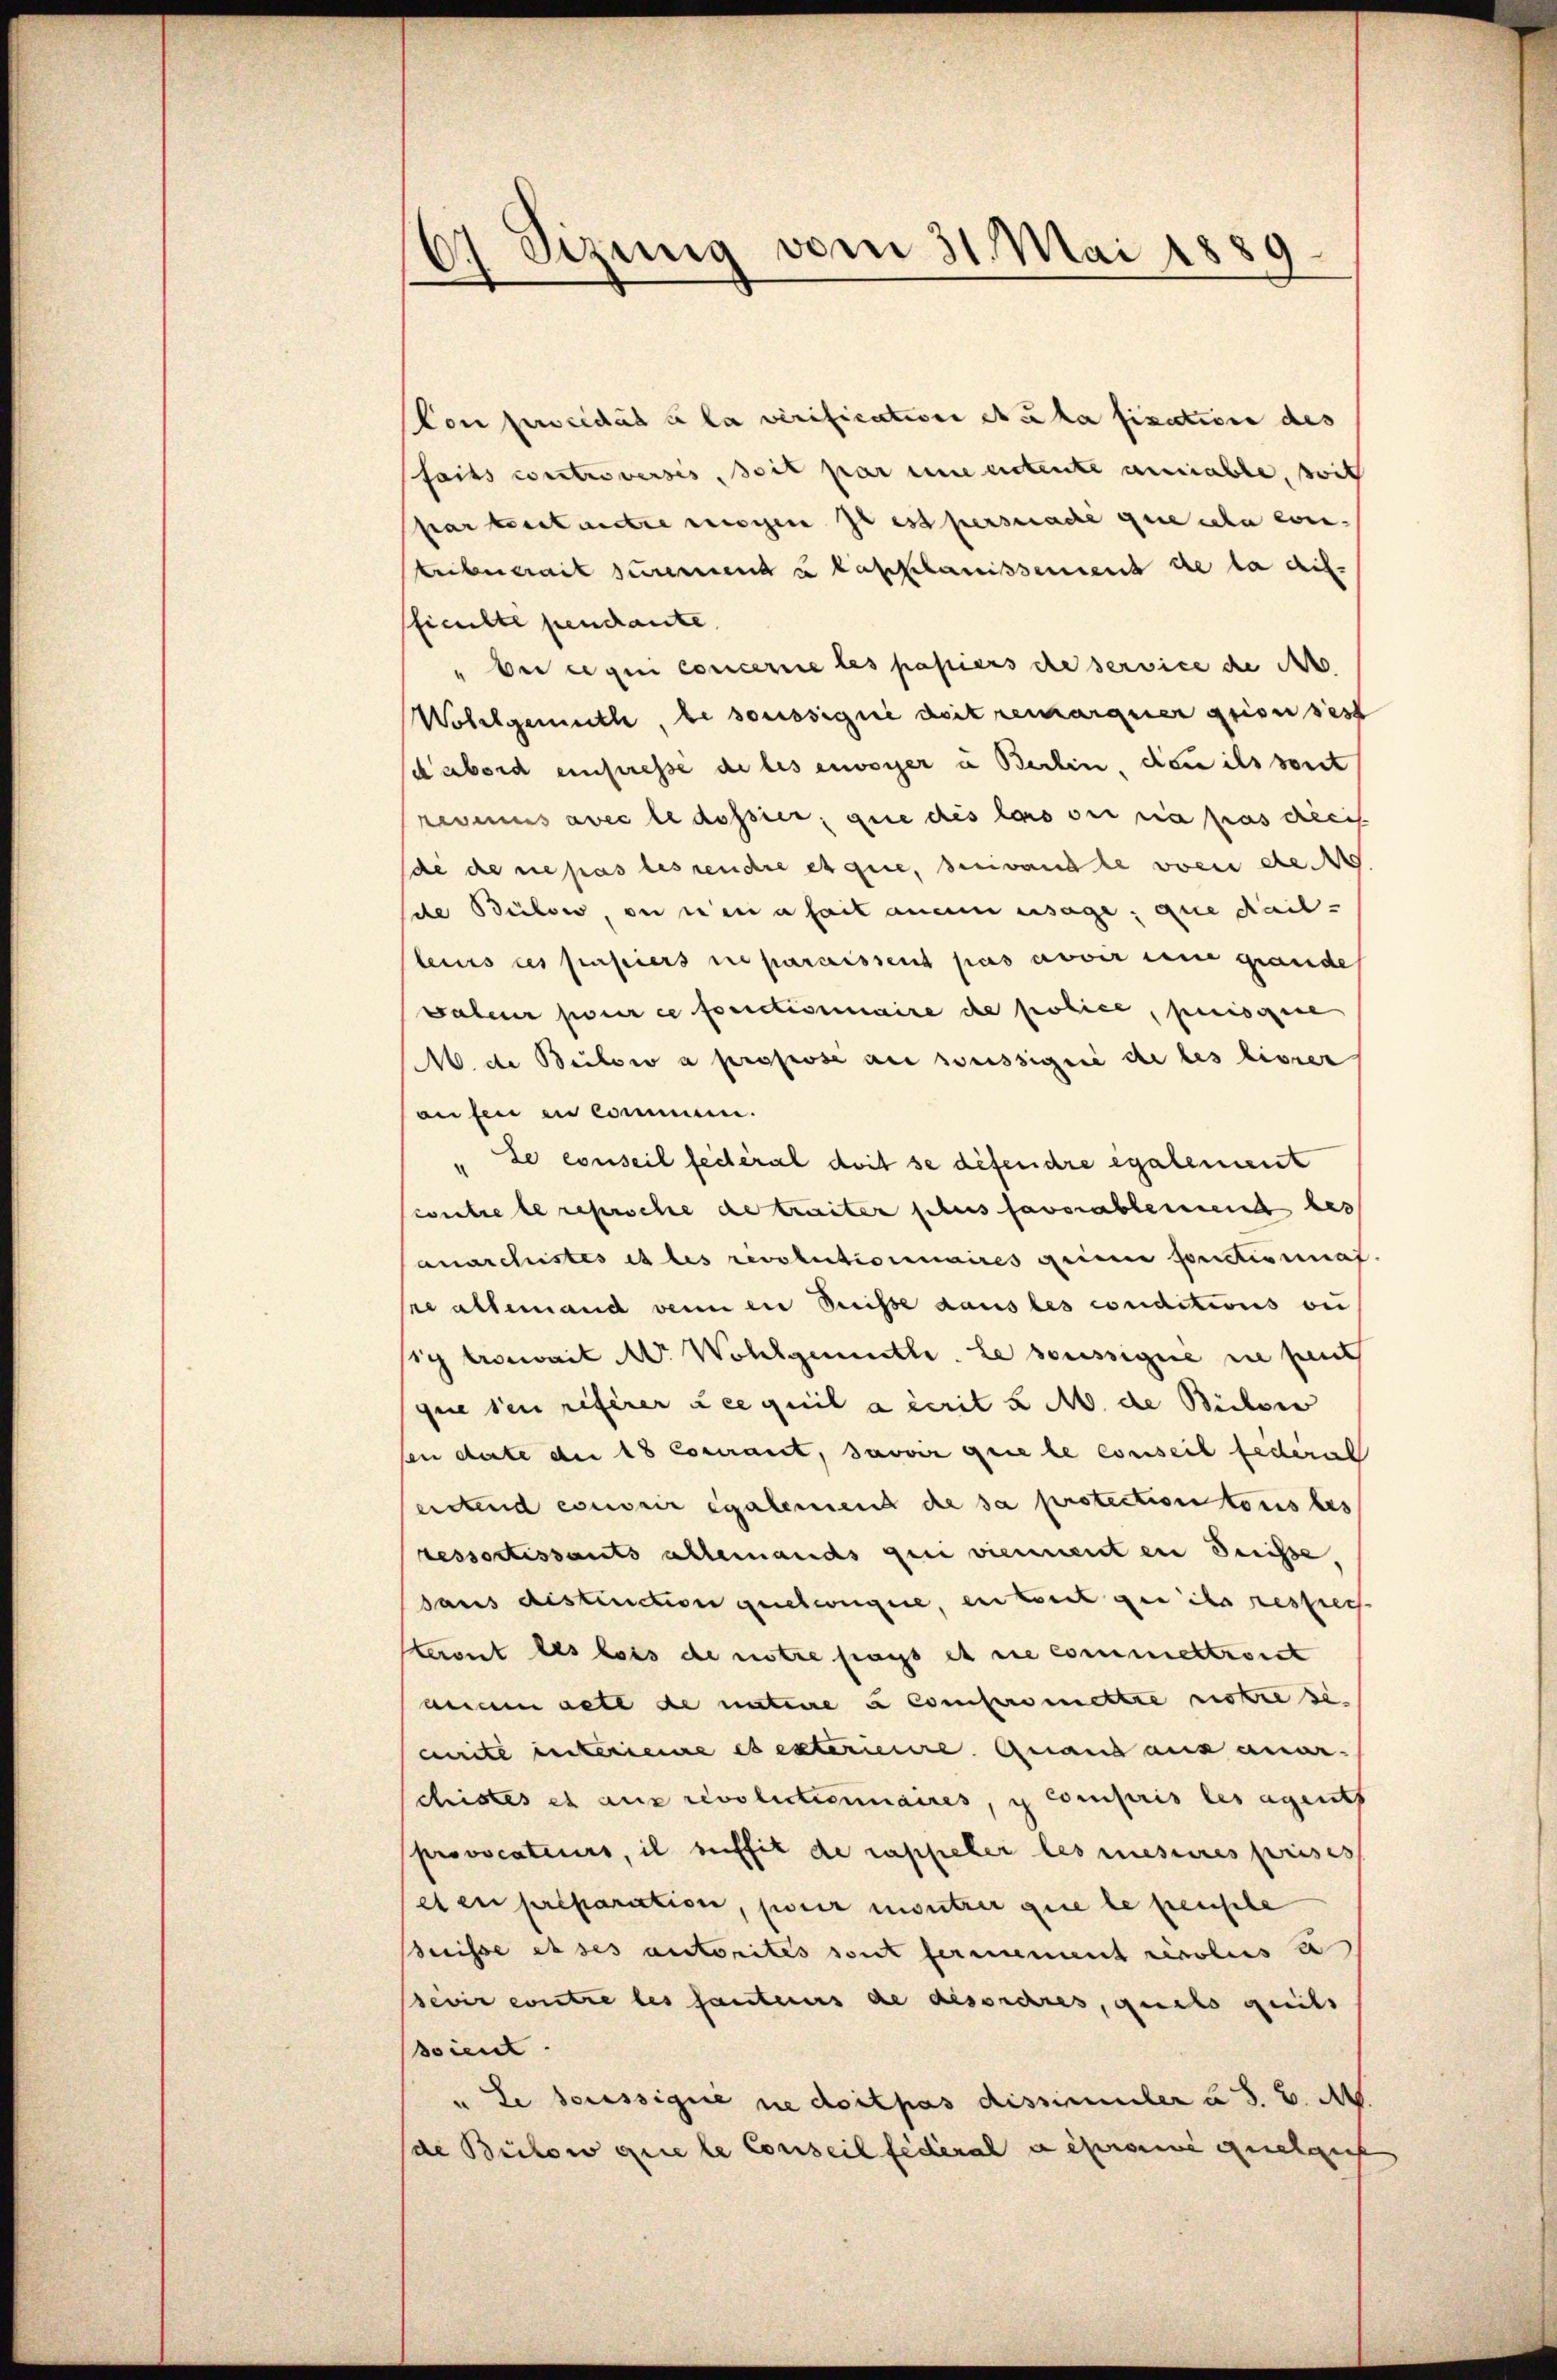
6) Sizung vom 31. Mai 1889.

Con procedat à la verification etcka fixatione des
faits controversis, soit par eine entente anniable, soit
partenstantie nochen Il est persuadé que cela con-
tribuerait puremend u talkanissement de la dif-
fficulte pendante
" bei ce qui concerne les papiers de service die A
Wollgemuth, besassignie doit remarquer grossest
d’abord einseresse de les envoyer u Berlin, dann ils sont
revenus avec le dossier, que des lais sei sia pas diecis
de de ne pas les rendre et que, servandte von de
de Bülow, on ein a fait anein ersage, que dail-
leurs des papiers ne paraissent pas avoir eine grande
valeur pour ce fonctionnaire de police, puissene
M. de Bulow a propose an sässigné de les livrer
aufen in kommen.
„Le conseil fédéral doit se defendre également
witre le reproche de traiter sches favorablemend bes
anarchistes et les revolutionnaires geinne fonctisimat.
re allemand wenn en Suisse dans les conditions ou
sich trosait W. Wohlgemuth. Le soussigné ne peut
que sei referer u ce quil a écrit 8 M. de Bilow
pen date der 18 Cocurant, savoir que le conseil federal
entend conser egalement die sa protection tous bes
ressortissants allemands qui viennent en denisse,
saus distinction geschweigere, ein konst gen ihr resprech
teront des lots de notre frags et die commeltront
aenem gete de nature à compromettre notre si
crite interienne es exteriere Quand aus aner-
chistes et aus revolectiermaires, i compris les agents
provocateurs, il suffit de rappeler les mesures prises
seten preparation, jener mentrer que le pensele
Breisse es ses autorités sont fernement revolus u
sevir contre les fauteurs de desordres, quels gereits
soient
u. Le bassignie nie doit pas dissimmler u. s. v. M.
de Beilow que le Conseil fédéral a promine gutges